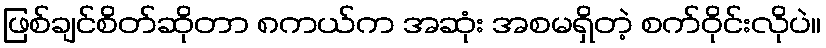
ဖြစ်ချင်စိတ်ဆိုတာ ၈ကယ်က အဆုံး အစမရှိတဲ့ စက်ဝိုင်းလိုပဲ။